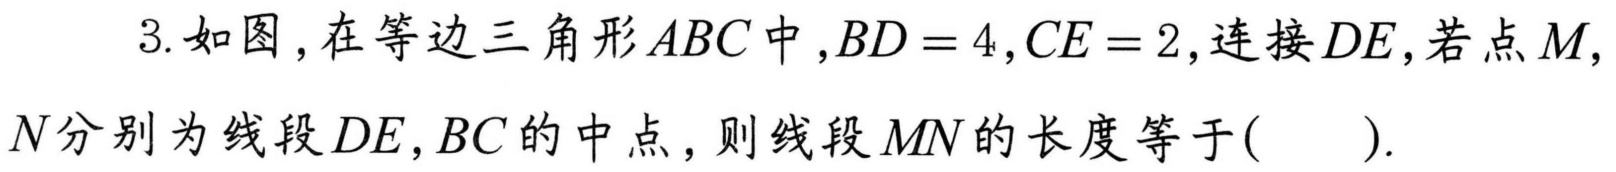
3. 如图，在等边三角形\(ABC\)中，\(BD = 4\)，\(CE = 2\)，连接\(DE\)，若点\(M\)，\(N\)分别为线段\(DE\)，\(BC\)的中点，则线段\(MN\)的长度等于( ).